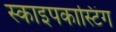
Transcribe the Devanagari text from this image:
स्काइपकास्टिंग